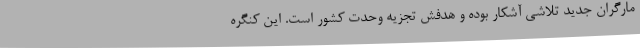
مارگران جدید تلاشی آشکار بوده و هدفش تجزیه وحدت کشور است. این کنگره